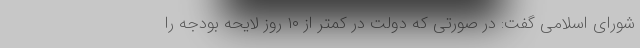
شورای اسلامی گفت: در صورتی که دولت در کمتر از ۱۰ روز لایحه بودجه را